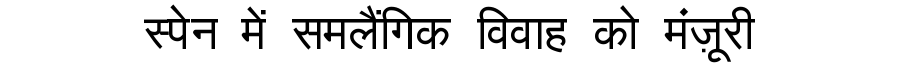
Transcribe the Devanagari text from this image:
स्पेन में समलैंगिक विवाह को मंज़ूरी